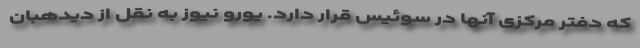
که دفتر مرکزی آنها در سوئیس قرار دارد. یورو نیوز به نقل از دیدهبان